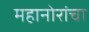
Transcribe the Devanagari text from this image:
महानोरांचा